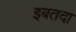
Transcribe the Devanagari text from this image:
इबतदा